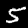
Label: 5